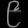
Digit: ၉